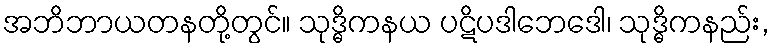
အဘိဘာယတနတို့တွင်။ သုဒ္ဓိကနယ ပဋိပဒါဘေဒေါ၊ သုဒ္ဓိကနည်း,